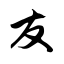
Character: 友